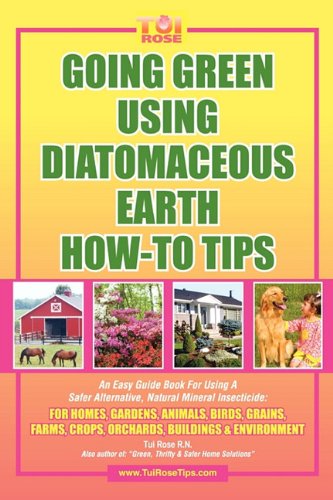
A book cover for GOING GREEN USING DIATOMACEOUS EARTH HOW-TO TIPS:   An Easy Guide Book Using A Safer Alternative, Natural Silica Mineral, Food Grade Insecticide: Practical consumer tips, recipes, and methods; Tui Rose; Crafts, Hobbies & Home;